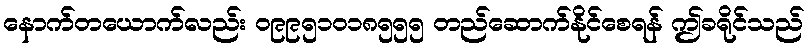
နောက်တယောက်လည်း ၀၉၉၅၁၀၁၈၅၅၅ တည်ဆောက်နိုင်စေရန် ဤခရိုင်သည်